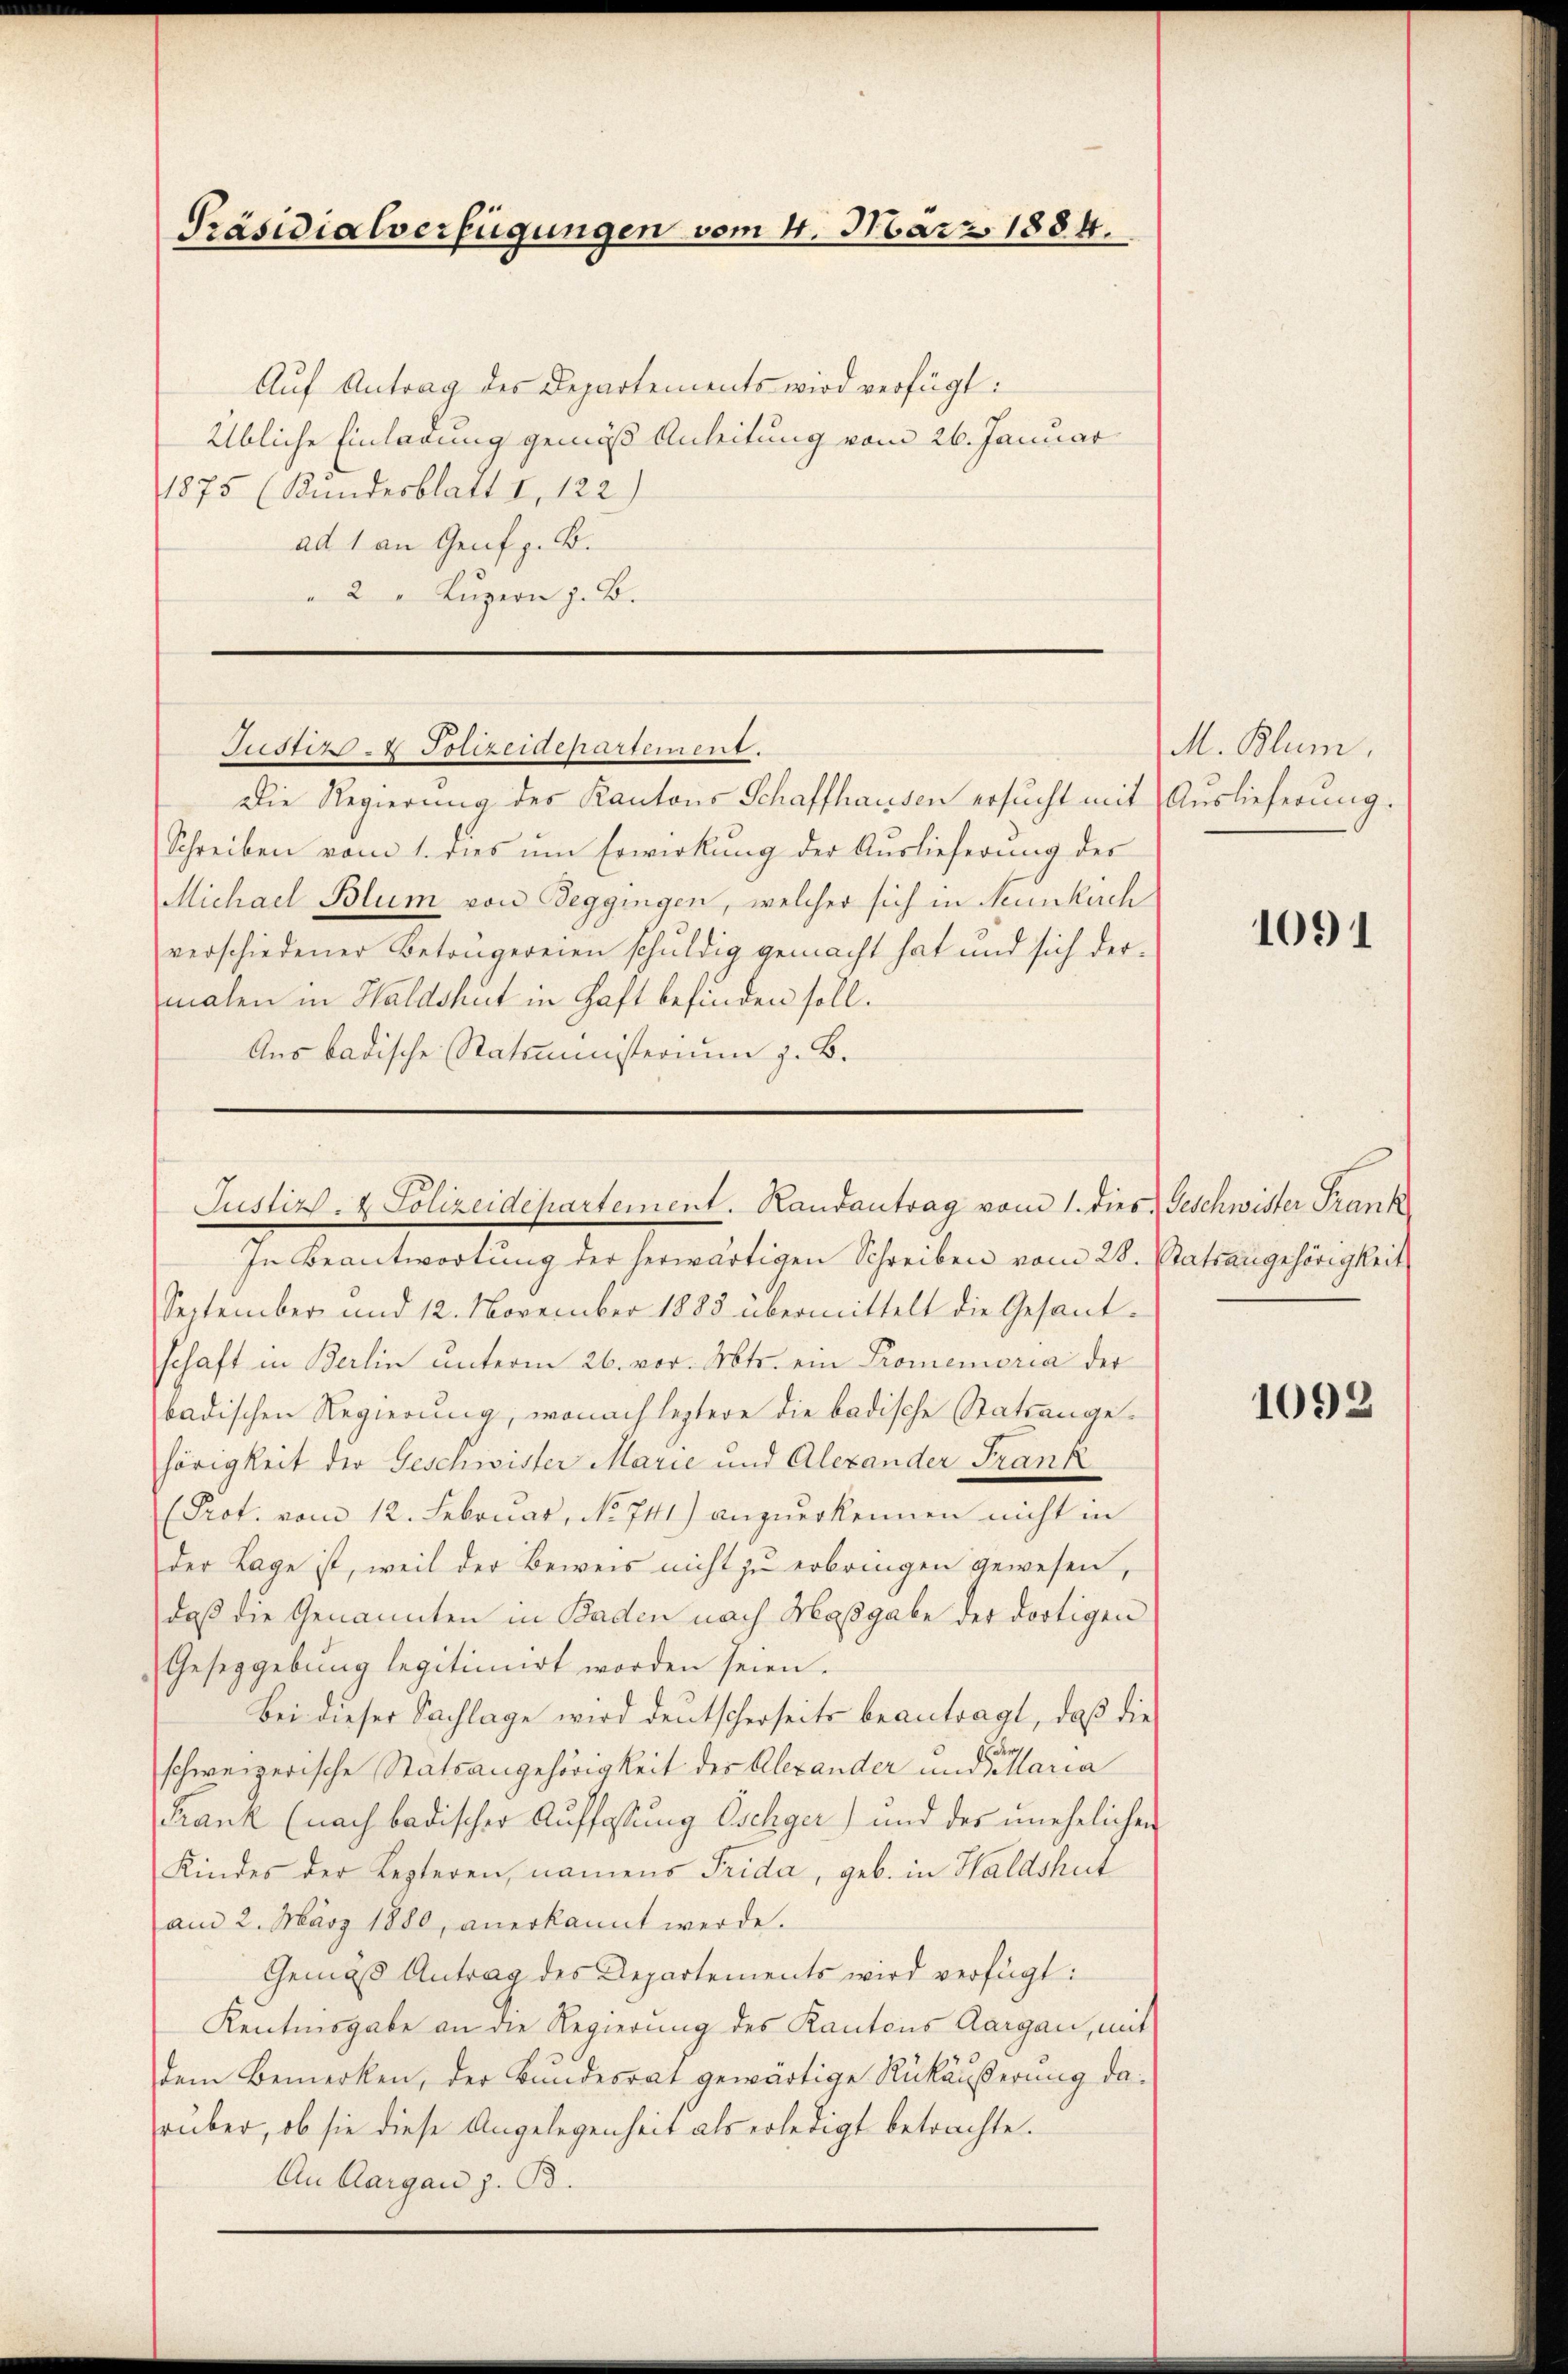
Präsidialverfügungen vom 4. März 1884.

Aŭf Antrag des Departements wird verfügt:
Übliche Einladung gemäß Anleitung vom 26. Januar
1875 (Kundesblatt I. 122)
ad 1 an Genf z. B.
2 " Lŭzern z. B.

Die Regierung des Kantons Schaffhausen ersucht mit Auslieferung.
Schreiben vom 1. dies um Erwirkung der Auslieferung des
Michael Blum von Seggingen, welcher sich in Neunkuch
verschiedener Betongereien schuldig gemacht hat und sich dermalen in Haldshut in Haft befinden soll.
Aus badische Statsministerium z. B.

Justiz & Polizeidepartement.

Justiz- & Polizeidepartement. Landantrag vom 1. dies Geschwister Frank

In Beantwortung der herwärtigen Schreiben vom 28. Statsangehörigkeit

M. Blum

September und 12. November 1883 übermittelt die Gesandschaft in Berlin unterm 26. vor. Mts. ein Promemoria der
badischen Regierung, wonach leztere die badische Stattengehörigkeit die Geschwister Marie und Alexander Frank
Prot. vom 12. Februar, No 741) anzuerkennen nicht in
der Lage ist, weil der Beweis nicht zu erbringen gewesen,
daß die Genannten in Baden nach Maßgabe der dortigen
Gesetzgebung legitimirt worden seien.
Bei dieser Sachlage wird deutscherseits beantragt, daß die
schweizerische Statsangehörigkeit der Alexander und der Maria
Frank (nach badischer Auffassung Oschger) und des unehelichen
Kindes der Lezteren, namens Frida, geb. in Haldshut
am 2. März 1880, anerkannt werde.
Gemäß Antrag des Departements wird verfügt:
Kentnisgabe an die Regierung des Kantons Aargau, mit
dem Bemerken, der Bundesrat gewärtige Rückäußerung daruber, ob sie diese Angelegenheit als erledigt betrachte.
An Aargau z. B.

1091

1092